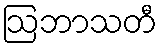
ဩဘာသတီ